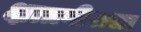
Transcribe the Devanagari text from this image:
क्षात्रवीराला